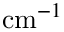
\mathrm { c m } ^ { - 1 }